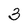
Character: 3